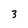
Character: 3